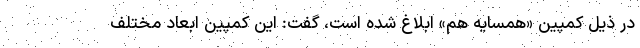
در ذیل کمپین «همسایه هم» ابلاغ شده است، گفت: این کمپین ابعاد مختلف